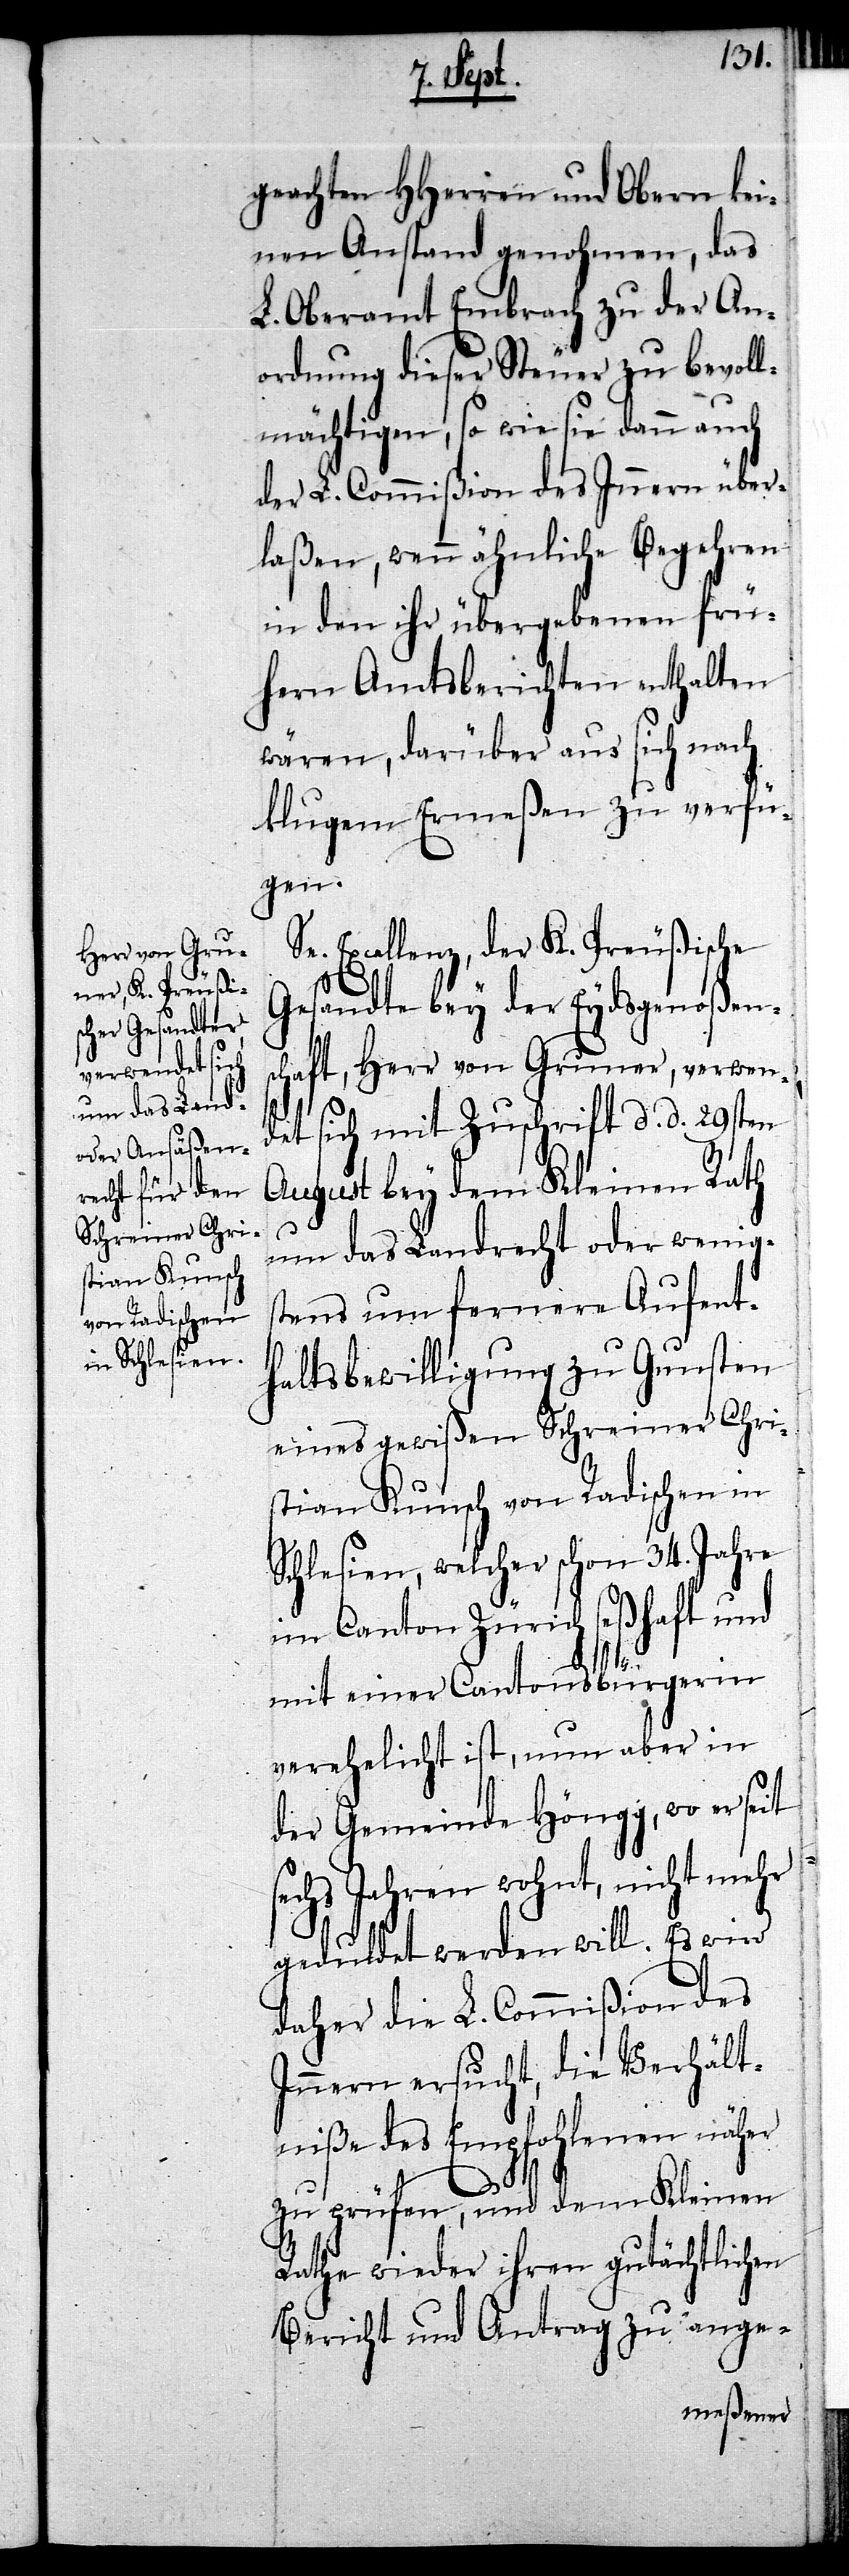
geachten HHerren und Obern kei¬
nen Anstand genohmen, das
L. Oberamt Embrach zu der An¬
ordnung dieser Steuer zu bevoll¬
mächtigen, so wie sie dann auch
der L. Commißion des Innern über¬
laßen, wenn ähnliche Begehren
in den ihr übergebenen frü¬
hern Amtsberichten enthalten
wären, darüber aus sich nach
klugem Ermeßen zu verfü¬
gen.
Excellenz, der K. Preußische
Gesandte bey der Eydsgenoßens¬
chaft, Herr von Gruner, verwen¬
ich mit Zuschrift d. d. 29sten
det
August bey dem Kleinen Rath
um das Landrecht oder wenigs¬
tens um fernere Aufent¬
haltsbewilligung zu Gunsten
eines gewißen Schreiner Chri¬
stian Kunsch von Radischen in
Schlesien, welcher schon 34. Jahre
im Canton Zürich seßhaft und
mit einer Cantonsbürgerin
verehelicht ist, nun aber in
der Gemeinde Höngg, wo er seit
echs Jahren wohnt, nicht mehr
geduldet werden will. Es wird
daher die L. Commißion des
Innern ersucht, die Verhält¬
niße des Empfohlenen näher
s¬
zu prüfen, und dem Kleinen
Rathe wieder ihren gutächtlichen
Bericht und Antrag zu ange-